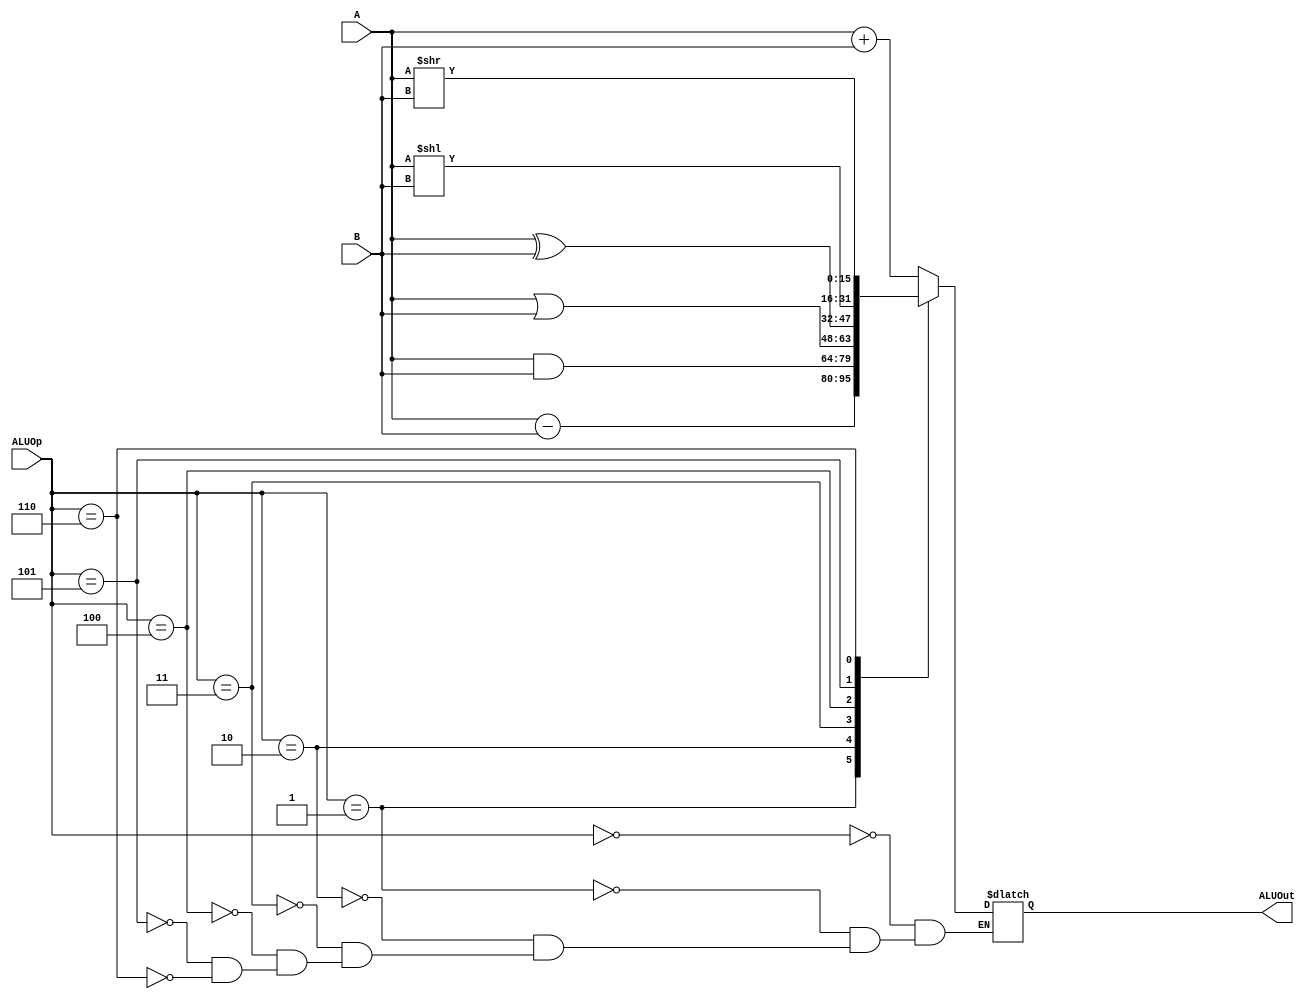
module alu(
	input signed [15:0] A,
	input signed [15:0] B,
	input [2:0] ALUOp,
	output reg signed [15:0] ALUOut
);
	
initial begin
	ALUOut = 0;
end

always @ (*) // @ (posedge(CLK))
begin
//	$display("A %b", A);
//	$display("B %b", B);
	case(ALUOp)
		0: ALUOut = A + B;
		1: ALUOut = A - B;
		2: ALUOut = A & B;
		3: ALUOut = A | B;
		4: ALUOut = A ^ B;
		5: ALUOut = A << B;
		6: ALUOut = A >> B;
	endcase
//	$display("ALUOUT: %b", ALUOut);
end
endmodule